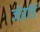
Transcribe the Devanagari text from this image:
जेर्रार्ड